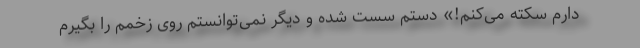
دارم سکته می‌کنم!» دستم سُست شده و دیگر نمی‌توانستم روی زخمم را بگیرم